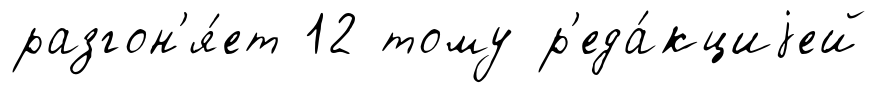
разгон'я́ет 12 тому р'еда́кциjей